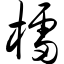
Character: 檑